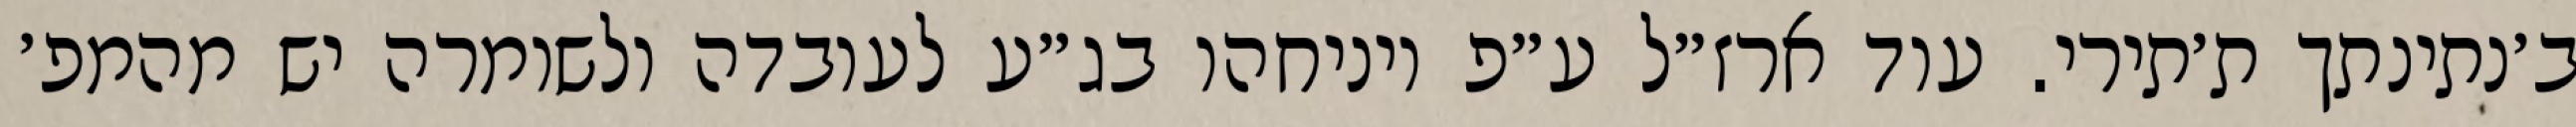
ב׳נתינתך ת׳תירי. עוד ארז״ל ע״פ ויניחהו בג״ע לעובדה ולשומרה יש מהמפ׳